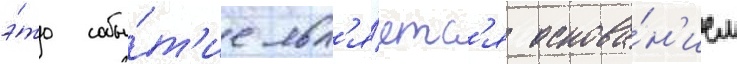
э́то собы́т'ие явл'я́етс'я основа́н'ием